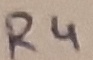
Text: R4